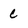
Character: C